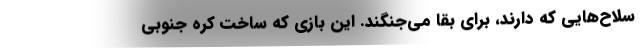
سلاح‌هایی که دارند، برای بقا می‌جنگند. این بازی که ساخت کره جنوبی